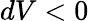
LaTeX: dV<0